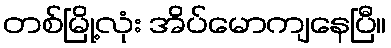
တစ်မြို့လုံး အိပ်မောကျနေပြီ။